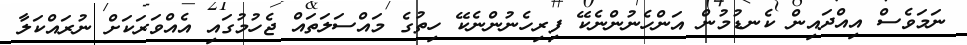
ނަމަވެސް އިއްދައިން ކެނޑުމުން އަންހެނުންނެކޭ ފިރިހެނުންނެކޭ ހިތުގެ މައްސަލަތައް ޖެހުމުގައި އެއްވަރަކަށް ނުރައްކަލާ